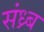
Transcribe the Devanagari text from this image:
संध्र्ब